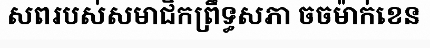
សពរបស់សមាជិកព្រឹទ្ធសភា ចចម៉ាក់ខេន